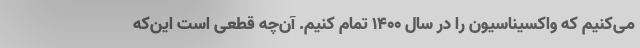
می‌کنیم که واکسیناسیون را در سال ۱۴۰۰ تمام کنیم. آن‌چه قطعی است این‌که